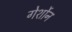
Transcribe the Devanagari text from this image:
गेर्शोन